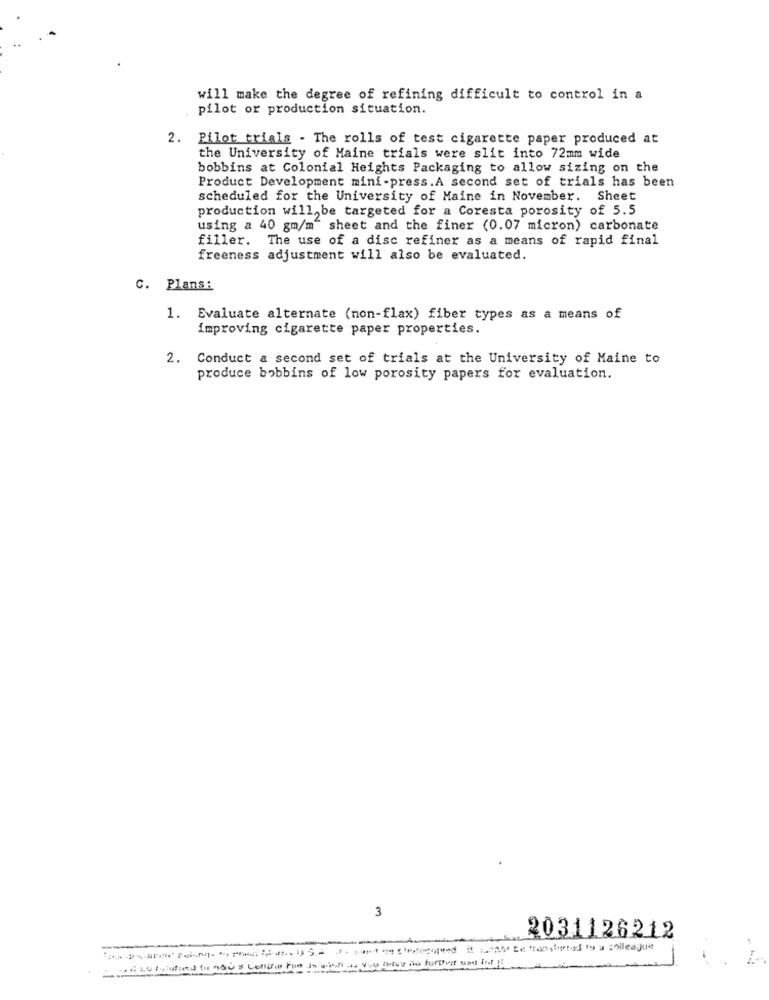
will make the degree of refining difficult to control in a
pilot or production situation.
2. Pilot trials - The rolls of test cigarette paper produced at
the University of Maine trials were slit into 72mm wide
bobbins at Colonial Heights Packaging to allow sizing on the
Product Development mini-press.A second set of trials has been
scheduled for the University of Maine in November. Sheet
production will be targeted for a Coresta porosity of 5.5
using a 40 gm/m sheet and the finer (0.07 micron) carbonate
filler. The use of a disc refiner as a means of rapid final
freeness adjustment will also be evaluated.
C. Plans:
1. Evaluate alternate (non-flax) fiber types as a means of
improving cigarette paper properties.
2. Conduct a second set of trials at the University of Maine to
produce bobbins of low porosity papers for evaluation.
3
2031126212